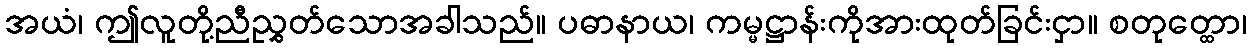
အယံ၊ ဤလူတို့ညီညွှတ်သောအခါသည်။ ပဓာနာယ၊ ကမ္မဋ္ဌာန်းကိုအားထုတ်ခြင်းငှာ။ စတုတ္ထော၊